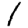
Digit: 1